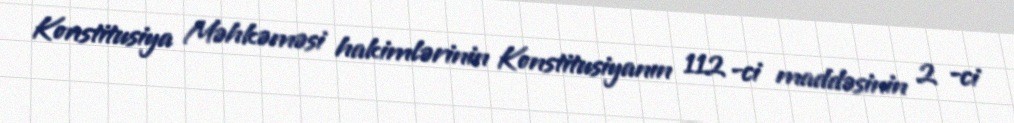
Konstitusiya Məhkəməsi hakimlərinin Konstitusiyanın 112 -ci maddəsinin 2 -ci